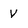
Character: V